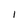
Character: I